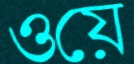
ওয়ে